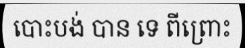
បោះបង់ បាន ទេ ពីព្រោះ